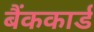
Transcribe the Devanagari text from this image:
बैंककार्ड